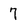
Character: 7